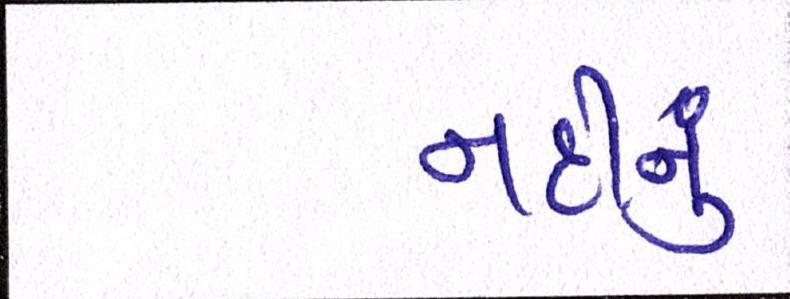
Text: નદીનું